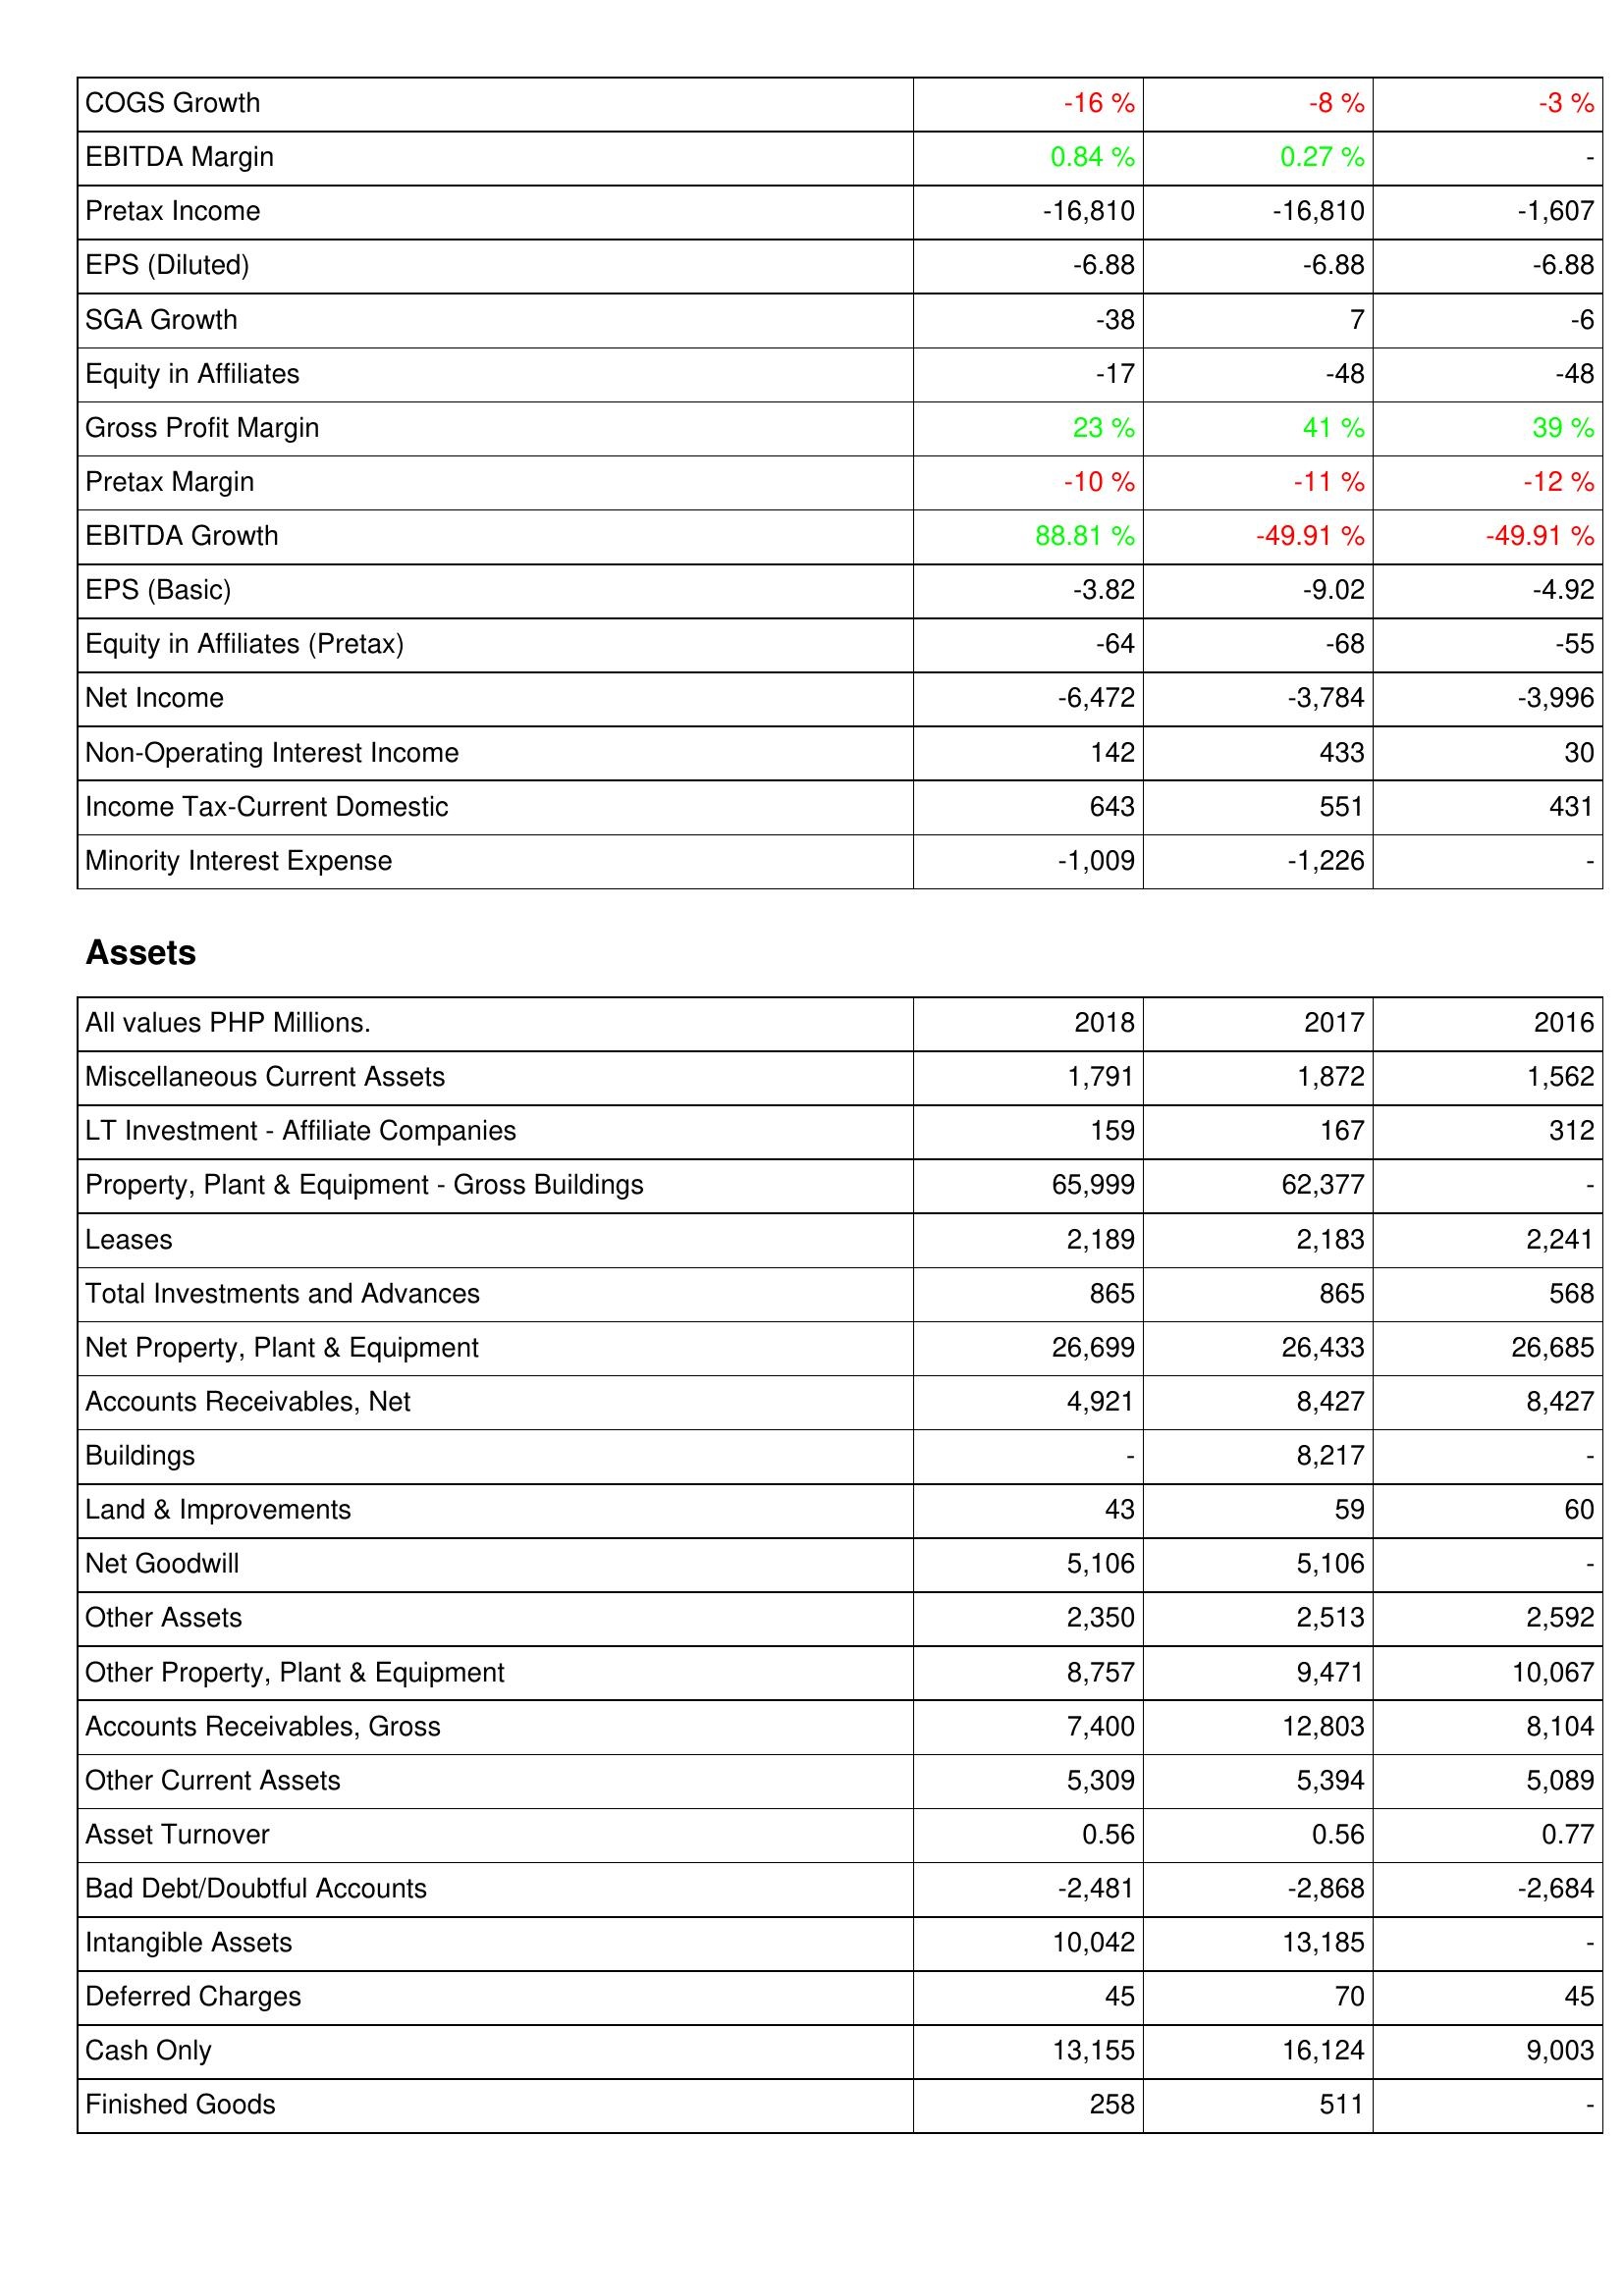
2018: Income Statement: COGS Growth: -16 %
EBITDA Margin: 0.84 %
Pretax Income: -16,810
EPS (Diluted): -6.88
SGA Growth: -38
Equity in Affiliates: -17
Gross Profit Margin: 23 %
Pretax Margin: -10 %
EBITDA Growth: 88.81 %
EPS (Basic): -3.82
Equity in Affiliates (Pretax): -64
Net Income: -6,472
Non-Operating Interest Income: 142
Income Tax-Current Domestic: 643
Minority Interest Expense: -1,009
Assets: Miscellaneous Current Assets: 1,791
LT Investment - Affiliate Companies: 159
Property, Plant & Equipment - Gross Buildings: 65,999
Leases: 2,189
Total Investments and Advances: 865
Net Property, Plant & Equipment: 26,699
Accounts Receivables, Net: 4,921
Buildings: -
Land & Improvements: 43
Net Goodwill: 5,106
Other Assets: 2,350
Other Property, Plant & Equipment: 8,757
Accounts Receivables, Gross: 7,400
Other Current Assets: 5,309
Asset Turnover: 0.56
Bad Debt/Doubtful Accounts: -2,481
Intangible Assets: 10,042
Deferred Charges: 45
Cash Only: 13,155
Finished Goods: 258
2017: Income Statement: COGS Growth: -8 %
EBITDA Margin: 0.27 %
Pretax Income: -16,810
EPS (Diluted): -6.88
SGA Growth: 7
Equity in Affiliates: -48
Gross Profit Margin: 41 %
Pretax Margin: -11 %
EBITDA Growth: -49.91 %
EPS (Basic): -9.02
Equity in Affiliates (Pretax): -68
Net Income: -3,784
Non-Operating Interest Income: 433
Income Tax-Current Domestic: 551
Minority Interest Expense: -1,226
Assets: Miscellaneous Current Assets: 1,872
LT Investment - Affiliate Companies: 167
Property, Plant & Equipment - Gross Buildings: 62,377
Leases: 2,183
Total Investments and Advances: 865
Net Property, Plant & Equipment: 26,433
Accounts Receivables, Net: 8,427
Buildings: 8,217
Land & Improvements: 59
Net Goodwill: 5,106
Other Assets: 2,513
Other Property, Plant & Equipment: 9,471
Accounts Receivables, Gross: 12,803
Other Current Assets: 5,394
Asset Turnover: 0.56
Bad Debt/Doubtful Accounts: -2,868
Intangible Assets: 13,185
Deferred Charges: 70
Cash Only: 16,124
Finished Goods: 511
2016: Income Statement: COGS Growth: -3 %
EBITDA Margin: -
Pretax Income: -1,607
EPS (Diluted): -6.88
SGA Growth: -6
Equity in Affiliates: -48
Gross Profit Margin: 39 %
Pretax Margin: -12 %
EBITDA Growth: -49.91 %
EPS (Basic): -4.92
Equity in Affiliates (Pretax): -55
Net Income: -3,996
Non-Operating Interest Income: 30
Income Tax-Current Domestic: 431
Minority Interest Expense: -
Assets: Miscellaneous Current Assets: 1,562
LT Investment - Affiliate Companies: 312
Property, Plant & Equipment - Gross Buildings: -
Leases: 2,241
Total Investments and Advances: 568
Net Property, Plant & Equipment: 26,685
Accounts Receivables, Net: 8,427
Buildings: -
Land & Improvements: 60
Net Goodwill: -
Other Assets: 2,592
Other Property, Plant & Equipment: 10,067
Accounts Receivables, Gross: 8,104
Other Current Assets: 5,089
Asset Turnover: 0.77
Bad Debt/Doubtful Accounts: -2,684
Intangible Assets: -
Deferred Charges: 45
Cash Only: 9,003
Finished Goods: -